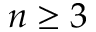
n \geq 3